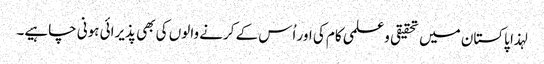
لہذا پاکستان میں تحقیقی وعلمی کام کی اور اُس کے کرنے والوں کی بھی پذیرائی ہونی چاہیے۔